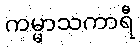
ကမ္မာသကာရီ